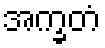
အက္ခတံ